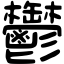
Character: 鬱